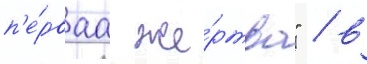
п'е́рваа же́ртва" / в